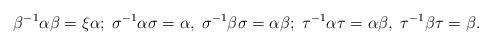
LaTeX: \begin{align*}\beta^{-1} \alpha \beta=\xi \alpha;\;\sigma^{-1} \alpha\sigma=\alpha, \; \sigma^{-1} \beta \sigma=\alpha \beta; \;\tau^{-1} \alpha\tau=\alpha\beta, \; \tau^{-1} \beta \tau=\beta.\end{align*}